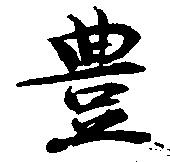
豊